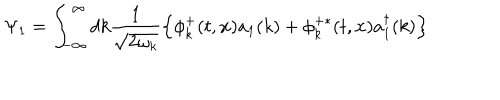
\Psi _ { 1 } = \int _ { - \infty } ^ { \infty } d k \frac { 1 } { \sqrt { 2 \omega _ { k } } } \left\{ \phi _ { k } ^ { + } ( t , { \bf x } ) a _ { 1 } ( k ) + \phi _ { k } ^ { + \ast } ( t , { \bf x } ) a _ { 1 } ^ { \dagger } ( k ) \right\}